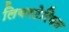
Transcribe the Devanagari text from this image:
लिबरटेरियन